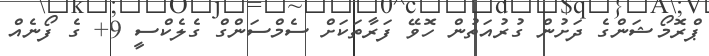
ޕްރޮމޯޝަންގެ ދަށުން ގުރުއަތުން ހޮވޭ ފަރާތަކަށް ސެމްސަންގް ގެލެކްސީ 9+ ގެ ފޯނެއް